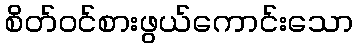
စိတ်ဝင်စားဖွယ်ကောင်းသော